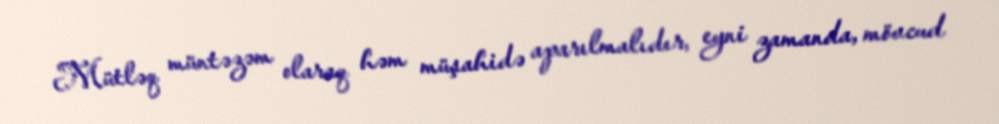
Mütləq müntəzəm olaraq həm müşahidə aparılmalıdır, eyni zamanda, mövcud